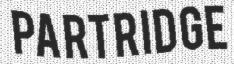
PARTRIDGE